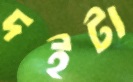
দইটা